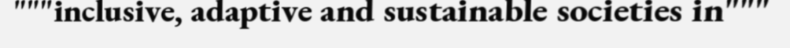
"""inclusive, adaptive and sustainable societies in"""